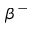
\beta ^ { - }